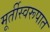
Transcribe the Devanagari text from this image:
मूर्तीस्वरूपात